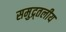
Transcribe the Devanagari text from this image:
समुद्र्तलीय